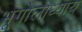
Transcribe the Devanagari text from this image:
भूगोलाध्याय